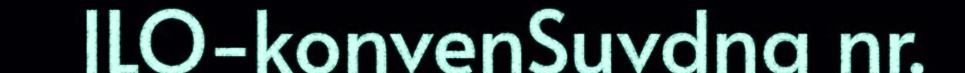
ILO-konvenSuvdna nr.